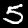
Digit: 5